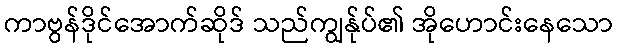
ကာဗွန်ဒိုင်အောက်ဆိုဒ် သည်ကျွန်ုပ်၏ အိုဟောင်းနေသော